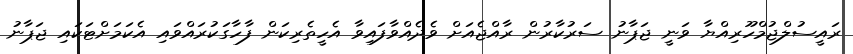
ރައީސުލްޖުމްހޫރިއްޔާ ވަނީ ޖަޕާނު ސަރުކާރުން ރާއްޖެއަށް ވެދެއްވާފައިވާ އެހީތެރިކަން ފާހާގަކުރައްވައި އެކަމަށްޓަކައި ޖަޕާނު